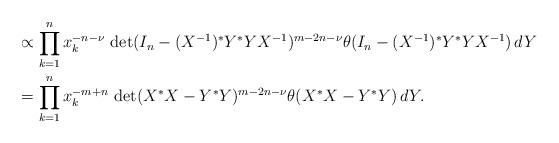
LaTeX: \begin{align*} & \propto \prod_{k=1}^n x_k^{-n-\nu} \, \det(I_n - (X^{-1})^* Y^* Y X^{-1})^{m-2n-\nu} \theta(I_n-(X^{-1})^* Y^* Y X^{-1}) \, dY\\ & = \prod_{k=1}^n x_k^{-m+n} \, \det(X^* X - Y^* Y)^{m-2n-\nu} \theta(X^*X - Y^* Y) \, dY. \end{align*}